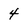
Character: 4